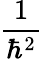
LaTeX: \frac{1}{\hbar^{2}}